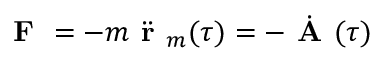
\textbf { F } = - m \Ddot { \textbf { r } } _ { m } ( \tau ) = - \dot { \textbf { A } } ( \tau )